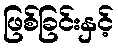
ဖြစ်ခြင်းနှင့်